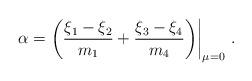
LaTeX: \begin{align*}\alpha = \left( \frac{\xi_1 - \xi_2}{m_1} + \frac{\xi_3-\xi_4}{m_4} \middle) \right|_{\mu = 0} \,.\end{align*}